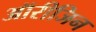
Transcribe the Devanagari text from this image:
ऑरीजिन